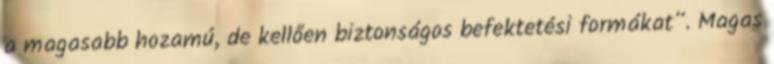
a magasabb hozamú, de kellően biztonságos befektetési formákat”. Magas